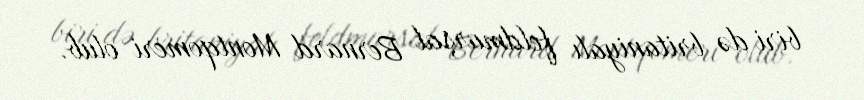
biri də britaniyalı feldmarşal Bernard Montqomeri olub.